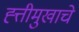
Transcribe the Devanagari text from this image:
ह्त्तीमुखाचे